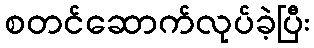
စတင်ဆောက်လုပ်ခဲ့ပြီး